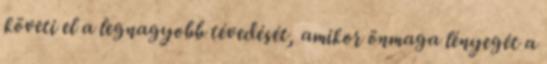
követi el a legnagyobb tévedését, amikor önmaga lényegét a